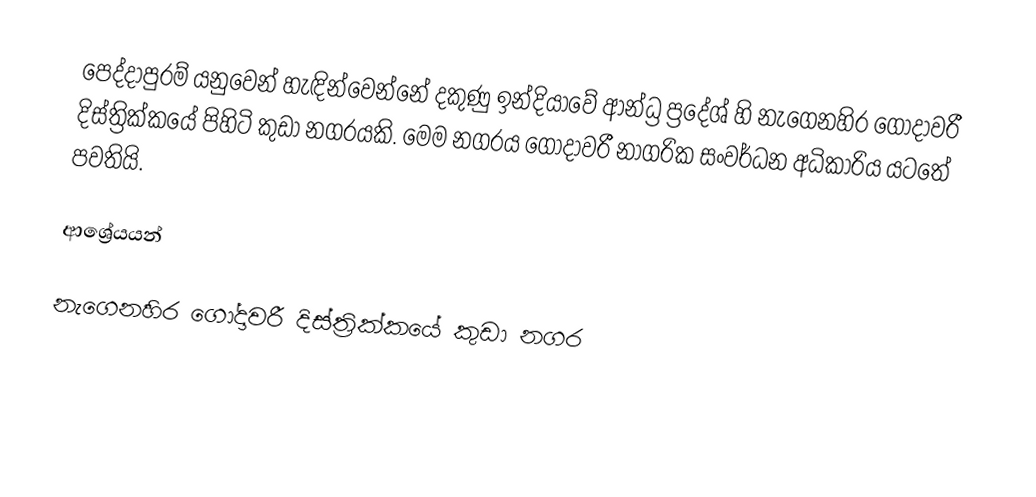
පෙද්දාපුරම් ‍යනුවෙන් හැඳින්වෙන්නේ දකුණු ඉන්දියාවේ ආන්ධ්‍ර ප්‍රදේශ් හි නැගෙනහිර ගෝදාවරී දිස්ත්‍රික්කයේ පිහිටි කුඩා නගරයකි. මෙම නගරය ගෝදාවරී නාගරික සංවර්ධන අධිකාරිය යටතේ පවතියි.

ආශ්‍රේයයන්

නැගෙනහිර ගෝදාවරී දිස්ත්‍රික්කයේ කුඩා නගර